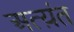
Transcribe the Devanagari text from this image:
अत्य़ंत